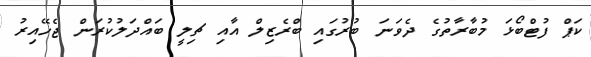
ކަޕް ފުޓްބޯޅަ މުބާރާތުގެ ދެވަނަ ބުރުގައި ބްރެޒިލް އާއި ޗިލީ ބައްދަލުކުރަން ޖެހޭއިރު